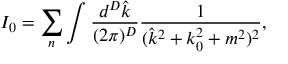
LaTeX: I _ { 0 } = \sum _ { n } \int \frac { d ^ { D } \hat { k } } { ( 2 \pi ) ^ { D } } \frac { 1 } { ( \hat { k } ^ { 2 } + k _ { 0 } ^ { 2 } + m ^ { 2 } ) ^ { 2 } } ,